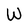
Character: W